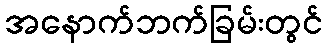
အနောက်ဘက်ခြမ်းတွင်